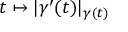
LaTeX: t \mapsto | \gamma ^ { \prime } ( t ) | _ { \gamma ( t ) }